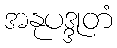
အနုပဒ္ဒုတံ